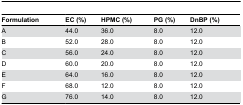
<table><thead><tr><td><b>Formulation</b></td><td><b>EC (%)</b></td><td><b>HPMC (%)</b></td><td><b>PG (%)</b></td><td><b>DnBP (%)</b></td></tr></thead><tbody><tr><td>A</td><td>44.0</td><td>36.0</td><td>8.0</td><td>12.0</td></tr><tr><td>B</td><td>52.0</td><td>28.0</td><td>8.0</td><td>12.0</td></tr><tr><td>C</td><td>56.0</td><td>24.0</td><td>8.0</td><td>12.0</td></tr><tr><td>D</td><td>60.0</td><td>20.0</td><td>8.0</td><td>12.0</td></tr><tr><td>E</td><td>64.0</td><td>16.0</td><td>8.0</td><td>12.0</td></tr><tr><td>F</td><td>68.0</td><td>12.0</td><td>8.0</td><td>12.0</td></tr><tr><td>G</td><td>76.0</td><td>14.0</td><td>8.0</td><td>12.0</td></tr></tbody></table>